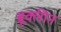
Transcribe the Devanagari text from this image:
ब्रूक्लीन